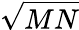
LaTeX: \sqrt{MN}